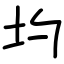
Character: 圴